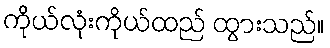
ကိုယ်လုံးကိုယ်ထည် ထွားသည်။